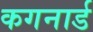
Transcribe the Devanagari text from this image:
कगनार्ड